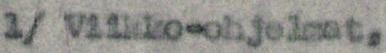
1/ Viikko-ohjelmat,